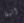
اتينا